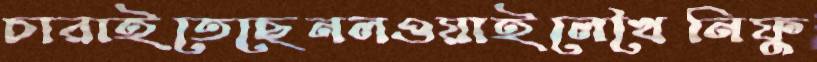
চারাইতেছেনলওয়াইলেখৈনিফু